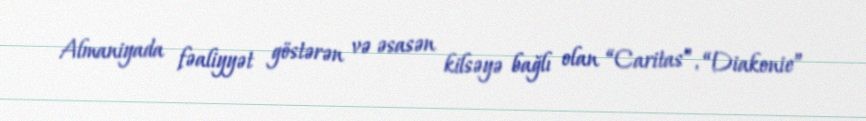
Almaniyada fəaliyyət göstərən və əsasən kilsəyə bağlı olan “Caritas”, “Diakonie”